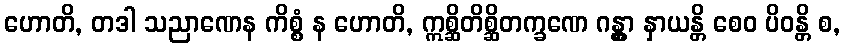
ဟောတိ, တဒါ သညာဏေန ကိစ္စံ န ဟောတိ, ဣစ္ဆိတိစ္ဆိတက္ခဏေ ဂန္တွာ နှာယန္တိ စေဝ ပိဝန္တိ စ,